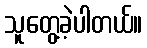
သူတွေ့ခဲ့ပါတယ်။